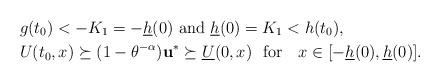
LaTeX: \begin{align*}&g(t_0)<-K_1=-\underline h(0)\ {\rm and}\ \underline h(0)=K_1< h(t_0),\\&U(t_0,x)\succeq (1-\theta^{-\alpha})\mathbf{u}^*\succeq \underline U(0,x) \ \mbox{ for } \ \ x\in [-\underline h(0),\underline h(0)].\end{align*}